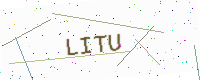
Text: LITU